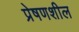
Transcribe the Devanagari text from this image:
प्रेषणशील